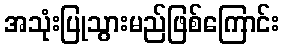
အသုံးပြုသွားမည်ဖြစ်ကြောင်း